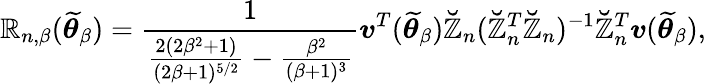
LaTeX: \mathbb{R}_{n,\beta}(\widetilde{{\boldsymbol{\theta}}}_{\beta})=\frac{{1}}{{\frac{{2(2\beta^{2}+1)}}{{(2\beta+1)^{5/2}}}-\frac{{\beta^{2}}}{{(\beta+1)^{3}}}}}\boldsymbol{v}^{T}(\widetilde{{\boldsymbol{\theta}}}_{\beta})\mathbb{{\breve{{Z}}}}_{n}(\mathbb{{\breve{{Z}}}}_{n}^{T}\mathbb{{\breve{{Z}}}}_{n})^{-1}\mathbb{{\breve{{Z}}}}_{n}^{T}\boldsymbol{v}(\widetilde{{\boldsymbol{\theta}}}_{\beta}),